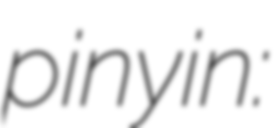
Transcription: pinyin: